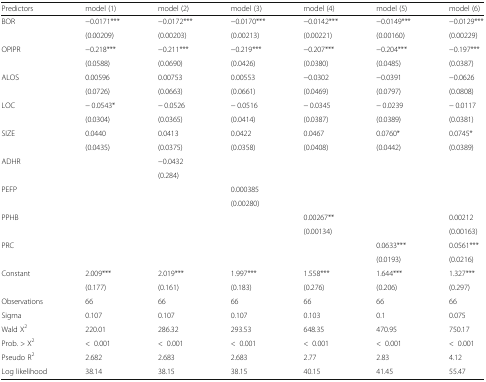
<table><thead><tr><td><b>Predictors</b></td><td><b>model (1)</b></td><td><b>model (2)</b></td><td><b>model (3)</b></td><td><b>model (4)</b></td><td><b>model (5)</b></td><td><b>model (6)</b></td></tr></thead><tbody><tr><td>BOR</td><td>−0.0171***</td><td>−0.0172***</td><td>−0.0170***</td><td>−0.0142***</td><td>−0.0149***</td><td>−0.0129***</td></tr><tr><td></td><td>(0.00209)</td><td>(0.00203)</td><td>(0.00213)</td><td>(0.00221)</td><td>(0.00160)</td><td>(0.00229)</td></tr><tr><td>OPIPR</td><td>−0.218***</td><td>−0.211***</td><td>−0.219***</td><td>−0.207***</td><td>−0.204***</td><td>−0.197***</td></tr><tr><td></td><td>(0.0588)</td><td>(0.0690)</td><td>(0.0426)</td><td>(0.0380)</td><td>(0.0485)</td><td>(0.0387)</td></tr><tr><td>ALOS</td><td>0.00596</td><td>0.00753</td><td>0.00553</td><td>−0.0302</td><td>−0.0391</td><td>−0.0626</td></tr><tr><td></td><td>(0.0726)</td><td>(0.0663)</td><td>(0.0661)</td><td>(0.0469)</td><td>(0.0797)</td><td>(0.0808)</td></tr><tr><td>LOC</td><td>− 0.0543*</td><td>− 0.0526</td><td>− 0.0516</td><td>− 0.0345</td><td>− 0.0239</td><td>− 0.0117</td></tr><tr><td></td><td>(0.0304)</td><td>(0.0365)</td><td>(0.0414)</td><td>(0.0387)</td><td>(0.0389)</td><td>(0.0381)</td></tr><tr><td>SIZE</td><td>0.0440</td><td>0.0413</td><td>0.0422</td><td>0.0467</td><td>0.0760*</td><td>0.0745*</td></tr><tr><td></td><td>(0.0435)</td><td>(0.0375)</td><td>(0.0358)</td><td>(0.0408)</td><td>(0.0442)</td><td>(0.0389)</td></tr><tr><td>ADHR</td><td></td><td>−0.0432</td><td></td><td></td><td></td><td></td></tr><tr><td></td><td></td><td>(0.284)</td><td></td><td></td><td></td><td></td></tr><tr><td>PEFP</td><td></td><td></td><td>0.000385</td><td></td><td></td><td></td></tr><tr><td></td><td></td><td></td><td>(0.00280)</td><td></td><td></td><td></td></tr><tr><td>PPHB</td><td></td><td></td><td></td><td>0.00267**</td><td></td><td>0.00212</td></tr><tr><td></td><td></td><td></td><td></td><td>(0.00134)</td><td></td><td>(0.00163)</td></tr><tr><td>PRC</td><td></td><td></td><td></td><td></td><td>0.0633***</td><td>0.0561***</td></tr><tr><td></td><td></td><td></td><td></td><td></td><td>(0.0193)</td><td>(0.0216)</td></tr><tr><td>Constant</td><td>2.009***</td><td>2.019***</td><td>1.997***</td><td>1.558***</td><td>1.644***</td><td>1.327***</td></tr><tr><td></td><td>(0.177)</td><td>(0.161)</td><td>(0.183)</td><td>(0.276)</td><td>(0.206)</td><td>(0.297)</td></tr><tr><td>Observations</td><td>66</td><td>66</td><td>66</td><td>66</td><td>66</td><td>66</td></tr><tr><td>Sigma</td><td>0.107</td><td>0.107</td><td>0.107</td><td>0.103</td><td>0.1</td><td>0.075</td></tr><tr><td>Wald X<sup>2</sup></td><td>220.01</td><td>286.32</td><td>293.53</td><td>648.35</td><td>470.95</td><td>750.17</td></tr><tr><td>Prob. &gt; X<sup>2</sup></td><td>&lt;0.001</td><td>&lt;0.001</td><td>&lt;0.001</td><td>&lt;0.001</td><td>&lt;0.001</td><td>&lt;0.001</td></tr><tr><td>Pseudo R<sup>2</sup></td><td>2.682</td><td>2.683</td><td>2.683</td><td>2.77</td><td>2.83</td><td>4.12</td></tr><tr><td>Log likelihood</td><td>38.14</td><td>38.15</td><td>38.15</td><td>40.15</td><td>41.45</td><td>55.47</td></tr></tbody></table>